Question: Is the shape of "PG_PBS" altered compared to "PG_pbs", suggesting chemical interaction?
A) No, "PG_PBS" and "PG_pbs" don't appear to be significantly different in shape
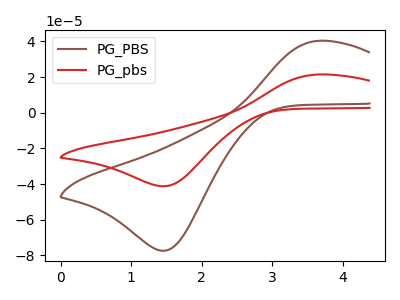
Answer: <think>The brown curve "PG_PBS" has an anodic peak at (3.65V, 40.40uA) and a cathodic peak at (1.50V, -77.35uA). The red curve "PG_pbs" has an anodic peak at (3.65V, 21.50uA) and a cathodic peak at (1.50V, -41.15uA).
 All the peaks in "PG_PBS" have a peak in "PG_pbs" at the same potential. Every peak in "PG_PBS" is higher than every peak in "PG_pbs".</think>
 <answer>A) No, "PG_PBS" and "PG_pbs" don't appear to be significantly different in shape</answer>
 <eval>A</eval>